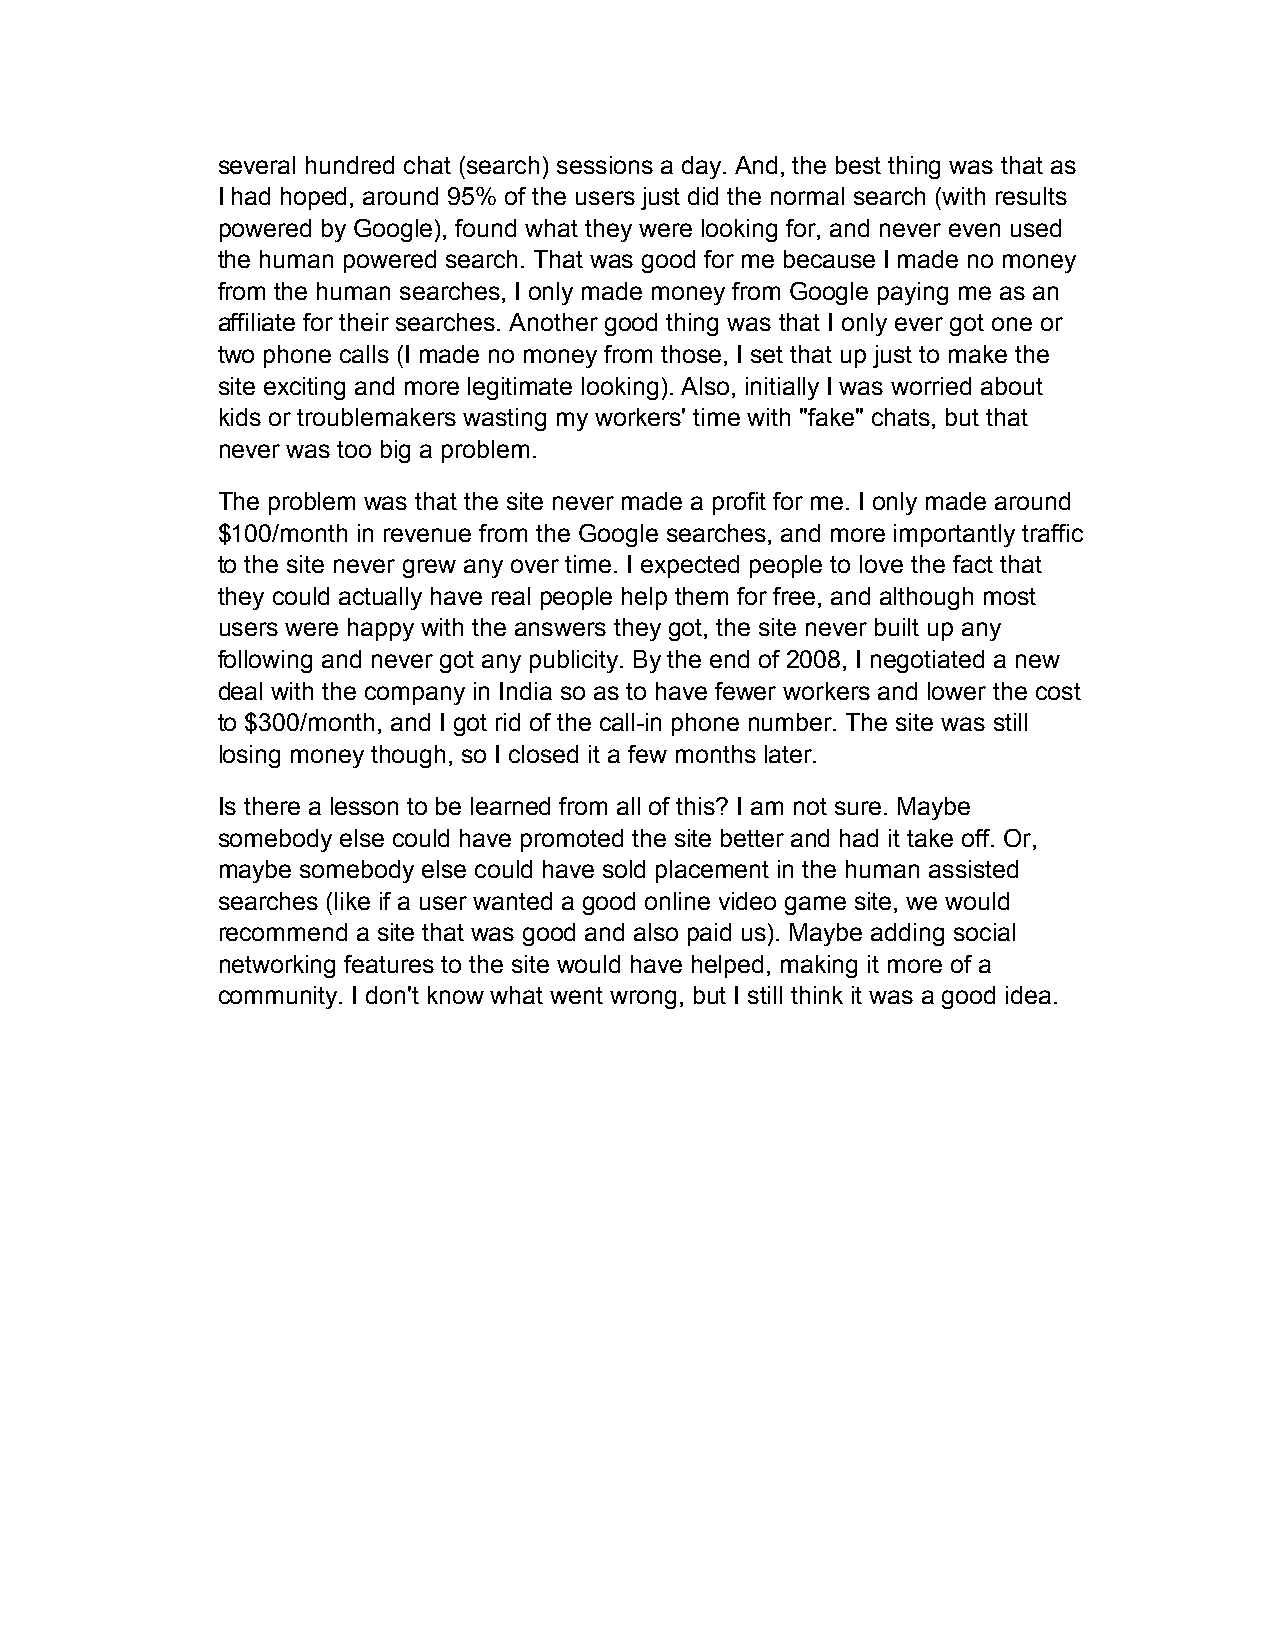
several hundred chat (search) sessions a day. And, the best thing was that as
 I had hoped, around 95% of the users just did the normal search (with results
 powered by Google), found what they were looking for, and never even used
 the human powered search. That was good for me because I made no money
 from the human searches, I only made money from Google paying me as an
 affiliate for their searches. Another good thing was that I only ever got one or
 two phone calls (I made no money from those, I set that up just to make the
 site exciting and more legitimate looking). Also, initially I was worried about
 kids or troublemakers wasting my workers' time with "fake" chats, but that
 never was too big a problem.
 The problem was that the site never made a profit for me. I only made around
 $100/month in revenue from the Google searches, and more importantly traffic
 to the site never grew any over time. I expected people to love the fact that
 they could actually have real people help them for free, and although most
 users were happy with the answers they got, the site never built up any
 following and never got any publicity. By the end of 2008, I negotiated a new
 deal with the company in India so as to have fewer workers and lower the cost
 to $300/month, and I got rid of the call-in phone number. The site was still
 losing money though, so I closed it a few months later.
 Is there a lesson to be learned from all of this? I am not sure. Maybe
 somebody else could have promoted the site better and had it take off. Or,
 maybe somebody else could have sold placement in the human assisted
 searches (like if a user wanted a good online video game site, we would
 recommend a site that was good and also paid us). Maybe adding social
 networking features to the site would have helped, making it more of a
 community. I don't know what went wrong, but I still think it was a good idea.